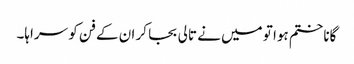
گانا ختم ہوا تو میں نے تالی بجا کر ان کے فن کو سراہا۔